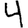
Digit: 4